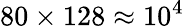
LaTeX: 80\times 128\approx 10^{4}